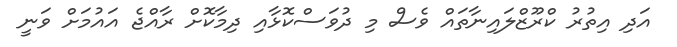
އަދި އިތުރު ކްރޫޒްލައިނާތައް ވެސް މި ދުވަސްކޮޅާއި ދިމާކޮށް ރާއްޖެ އައުމަށް ވަނީ